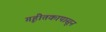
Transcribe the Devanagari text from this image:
गृहीतकापासून